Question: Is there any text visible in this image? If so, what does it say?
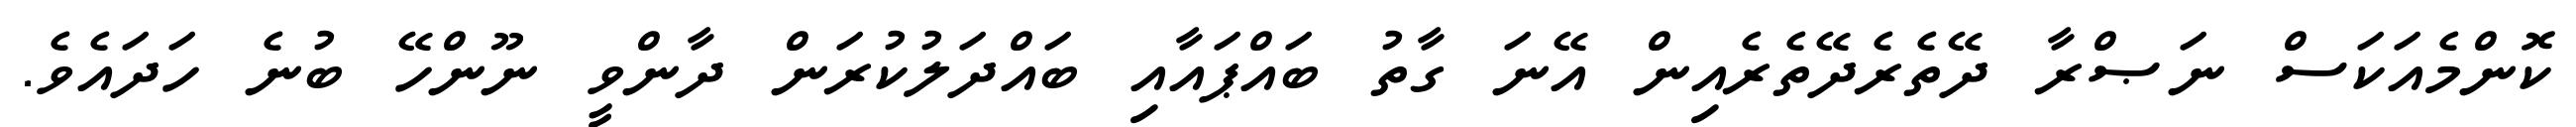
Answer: ކޮންމެއަކަސް ނަޞްރާ ދޭތެރެދޭތެރެއިން އޭނަ ގާތު ބައްޕައާއި ބައްދަލުކުރަން ދާންވީ ނޫންހޭ ބުނެ ހަދައެވެ.